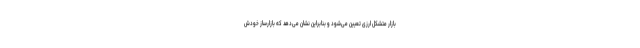
بازار متشکل ارزی تعیین می‌شود و بنابراین نشان می‌دهد که بازارساز خودش